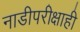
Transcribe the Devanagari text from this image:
नाडीपरीक्षाही